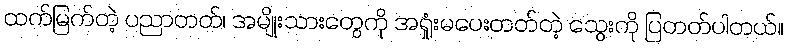
ထက်မြက်တဲ့ ပညာတတ်၊ အမျိုးသားတွေကို အရှုံးမပေးတတ်တဲ့ သွေးကို ပြတတ်ပါတယ်။